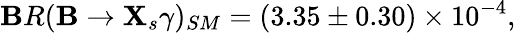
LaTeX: \mathbf{B}R(\mathbf{B}\rightarrow\mathbf{X}_{s}\gamma)_{SM}=(3.35\pm0.30)\times10^{-4},